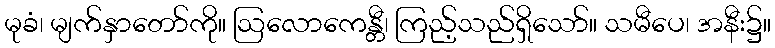
မုခံ၊ မျက်နှာတော်ကို။ ဩလောကေန္တီ၊ ကြည့်သည်ရှိသော်။ သမီပေ၊ အနီး၌။